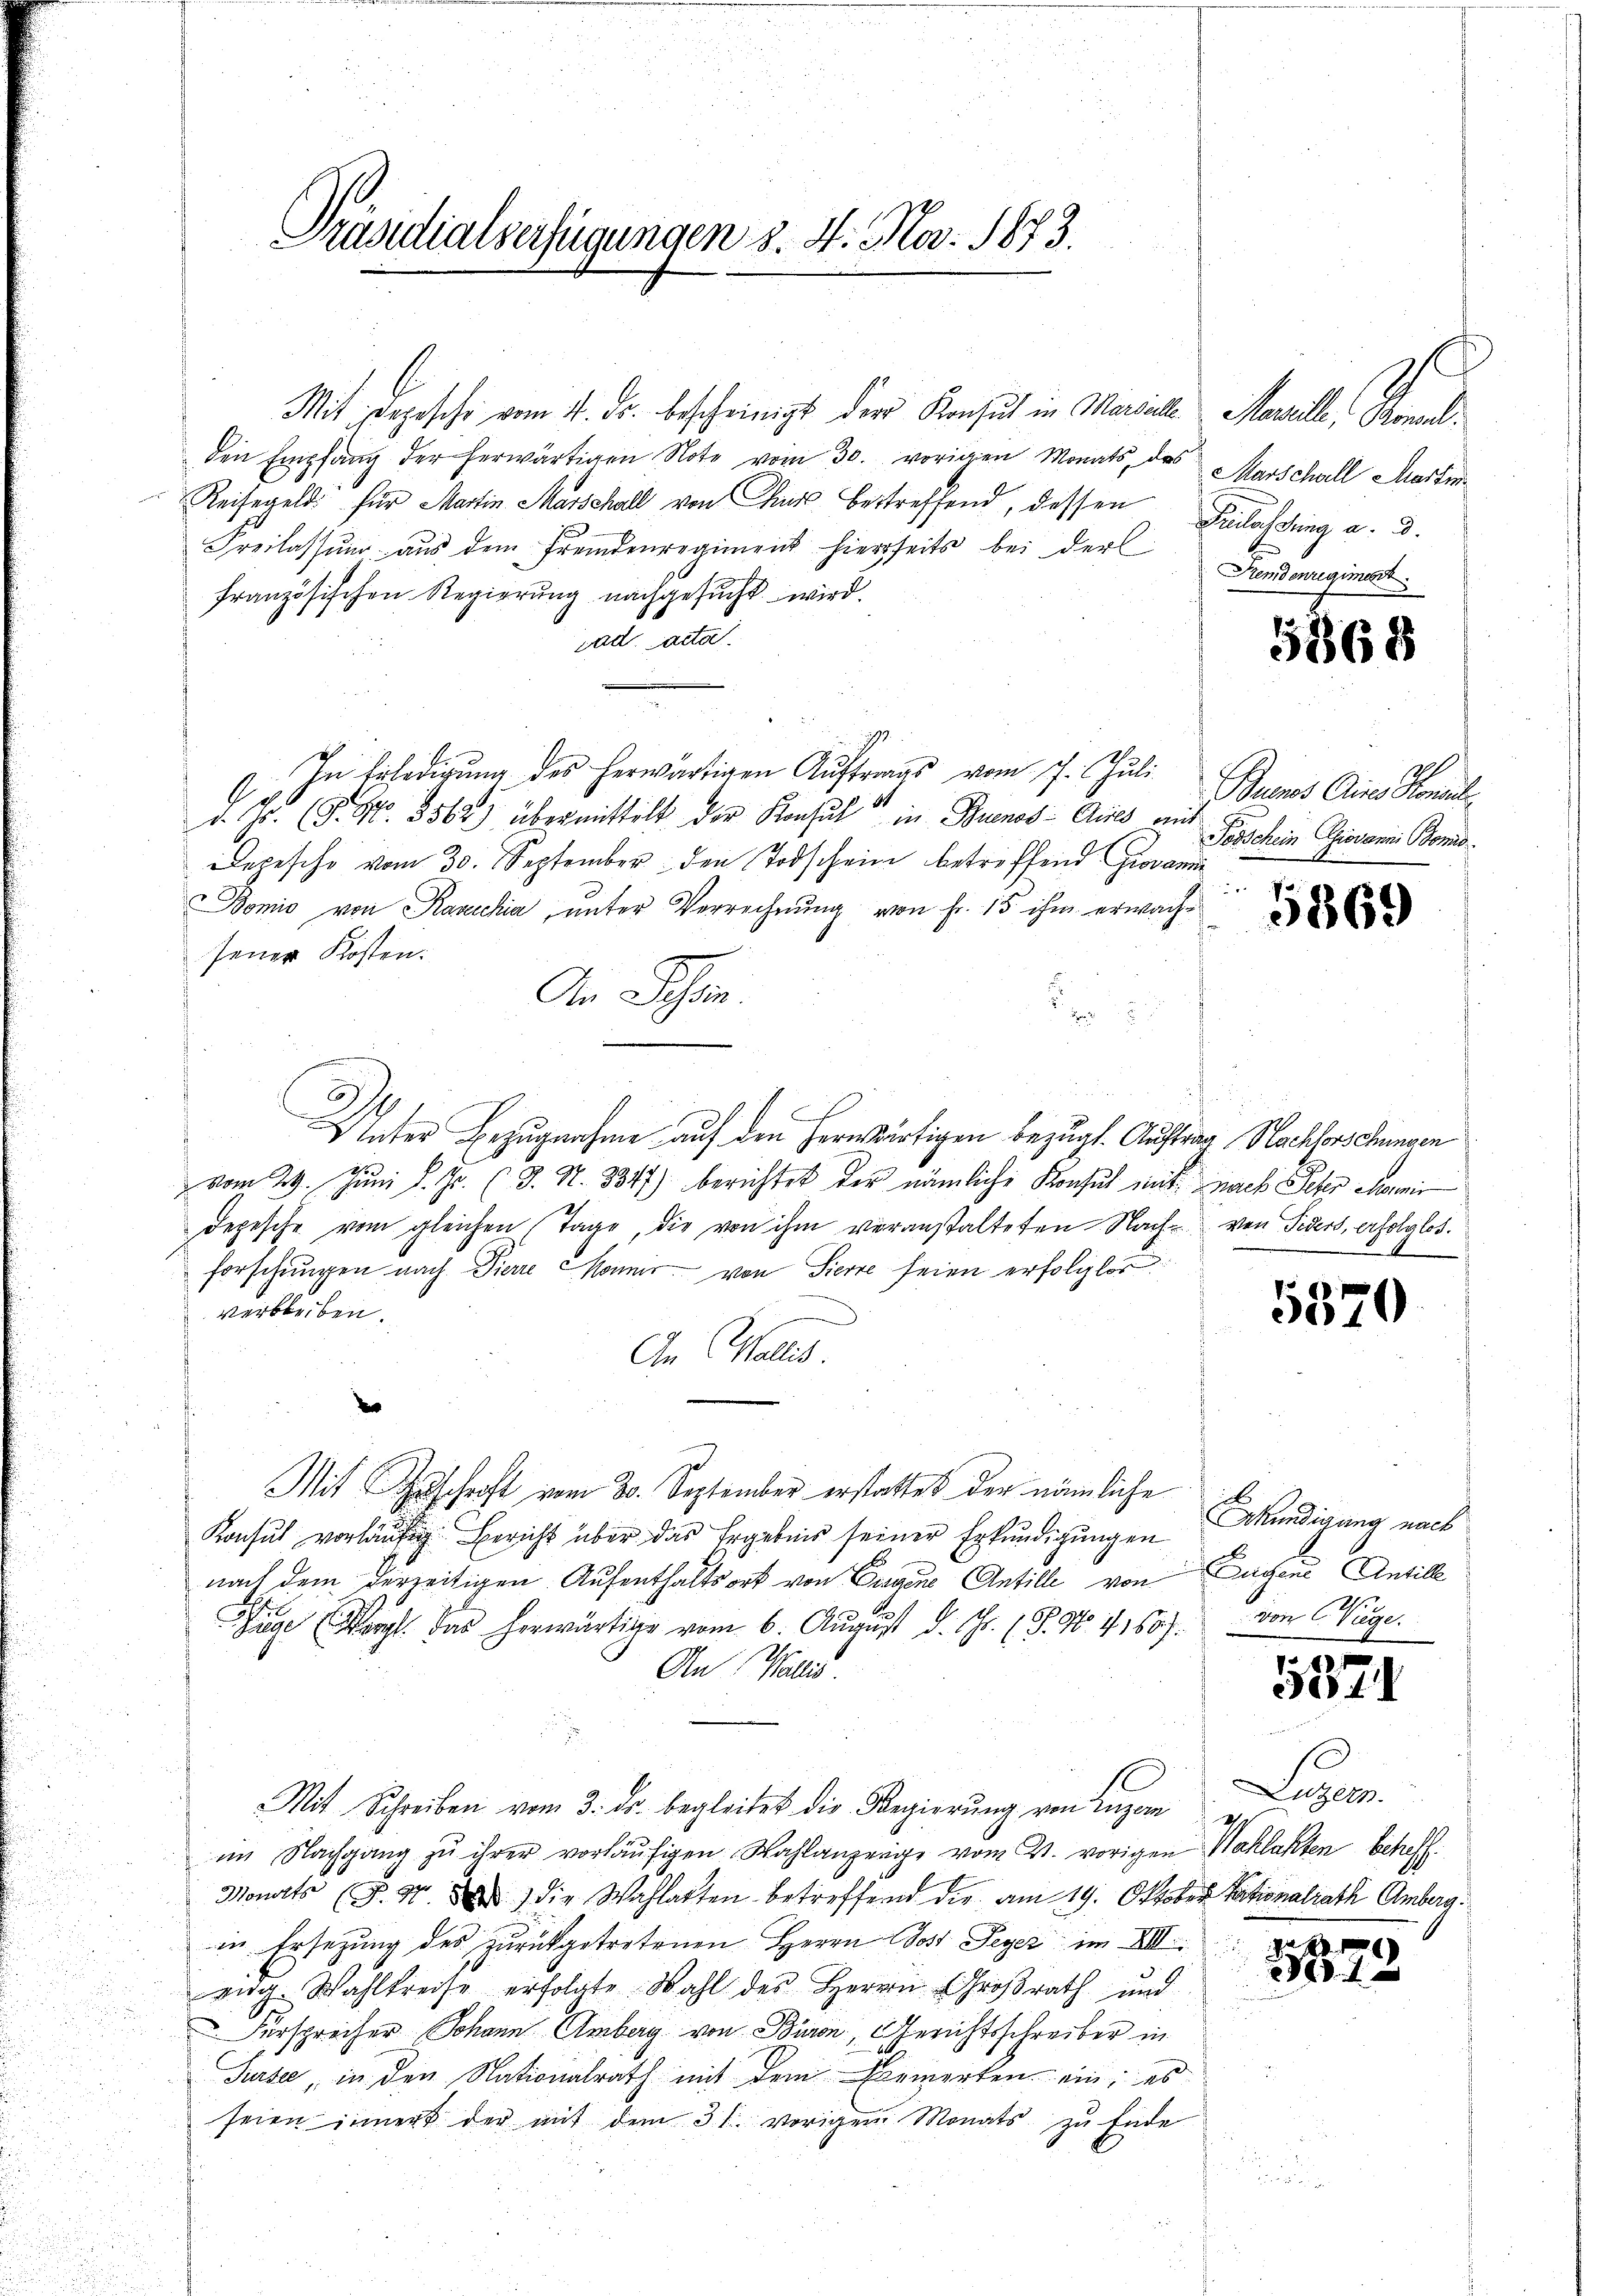
Präsidialverfügungen 3. 4. Nov. 1873.

Mit Depesche vom 4. ds. bescheinigt der Konsul in Marielle Marill, Bonael.
den Empfang der herwärtigen Note vom 30. vorigen Monats, das Marschall Martin
Reisegeld für Martin Marschall von Chur bestreffend, dessen
Freilassŭng aŭs dem Fremdenregiment hierseits bei der
französischen Regierung nachgesucht wird.
rad acta
In Erledigung des herwärtigen Auftrags vom 7. Juli
b
d. Js. (T. S. 8562) übermittelt der Konsul in Buenos-Aus ein
Depesche vom 30. September den Todschein betreffend Giovani
omio von Rarchia, unter Verrechnung von fr. 15 ihm erwachsener Kosten:
An Schon

Unter Bezugnahme auf den Hernwärtigen Bezugt. Auftrag Nachforschungen
vom 29. Juni l. Js. (T. N. 8847) berichtet der nämliche Konsul mit nach Scher Chemi
Depesche vom gleichen (Tage, die von ihm veranstalteten Nach von Siders, erfolglos.
forschungen nach Pierre Mannis von Pierre seien erfolglos
verbleiben.
An Wallis
Mit Zuschrift vom 30. September erstattet der nämliche
Konsul vorläufig Bericht über das Ergebnis seiner Erkundigungen kündigung nach
nach dem derzeitigen Aufenthaltsort von Eigene Antille von
1
Liege (Vergl. Das herwärtige vom 6. Aŭgŭst d. Js. (T. No. 4160). von Wege.
An Wallis
Mit Schreiben vom 3. ds. begleitet die Regierŭng von Luzer
im Nachgang zu ihrer vorläŭfigen Wahlanzeige vom 24. vorigen Wahlakten betreff
Monats (S. 34 d) die Wahlatten betreffend die am 19. Oktober Tationalrath Amberg.
in Ersetzung des zurückgetretenen Herrn Gost Peyer im VIII.
eng. Wahlkreise erfolgte Wahl des Herrn Großrath und
Fürsprecher Johann Amberg von Büren, Gerichtsschreiber in
Sursee, in den Nationalrath mit dem Bemerken ein; es
seien innert der mit dem 31. vorigen Monats zu Ende
i

Kilassung a. d.
Fremdenregiment

5368

Buenos Aus Hone
Todschein Giovanni Bomis

5369

5370

Buchene Antille

5371

Leger

x
1